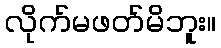
လိုက်မဖတ်မိဘူး။